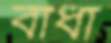
বাঁধা